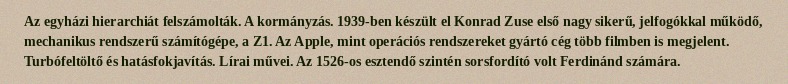
Az egyházi hierarchiát felszámolták. A kormányzás. 1939-ben készült el Konrad Zuse első nagy sikerű, jelfogókkal működő, mechanikus rendszerű számítógépe, a Z1. Az Apple, mint operációs rendszereket gyártó cég több filmben is megjelent. Turbófeltöltő és hatásfokjavítás. Lírai művei. Az 1526-os esztendő szintén sorsfordító volt Ferdinánd számára.